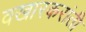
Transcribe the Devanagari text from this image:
वखारकरांती